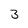
Character: 3